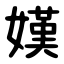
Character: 嫨